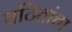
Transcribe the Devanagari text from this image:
घटितांचा